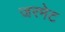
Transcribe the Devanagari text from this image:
जरमेट